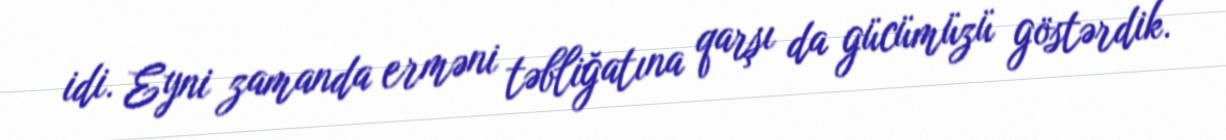
idi. Eyni zamanda erməni təbliğatına qarşı da gücümüzü göstərdik.